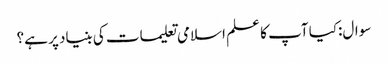
سوال:کیا آپ کا علم اسلامی تعلیمات کی بنیاد پر ہے؟